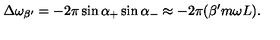
\Delta \omega _ { \beta ^ { \prime } } = - 2 \pi \sin \alpha _ { + } \sin \alpha _ { - } \approx - 2 \pi ( \beta ^ { \prime } m \omega L ) .